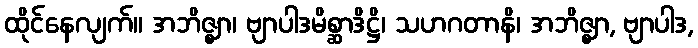
ထိုင်နေလျက်။ အဘိဇ္ဈာ၊ ဗျာပါဒမိစ္ဆာဒိဋ္ဌိ၊ သဟဂတာနိ၊ အဘိဇ္ဈာ, ဗျာပါဒ,